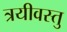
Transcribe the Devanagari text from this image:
त्रयीवस्तु